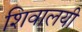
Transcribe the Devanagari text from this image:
शिवालयी